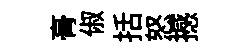
𮌔俶括怒撼